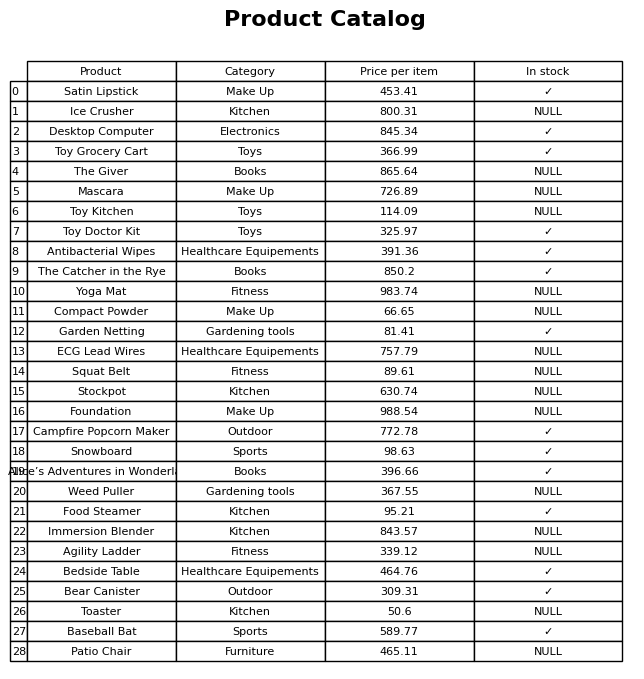
question: What is the price for Stockpot?
answer: The price of Stockpot is 630.74.